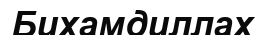
Бихамдиллах